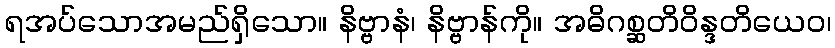
ရအပ်သောအမည်ရှိသော။ နိဗ္ဗာနံ၊ နိဗ္ဗာန်ကို။ အဓိဂစ္ဆတိဝိန္ဒတိယေဝ၊